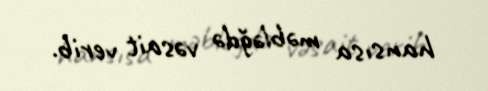
hansısa məbləğdə vəsait verib.